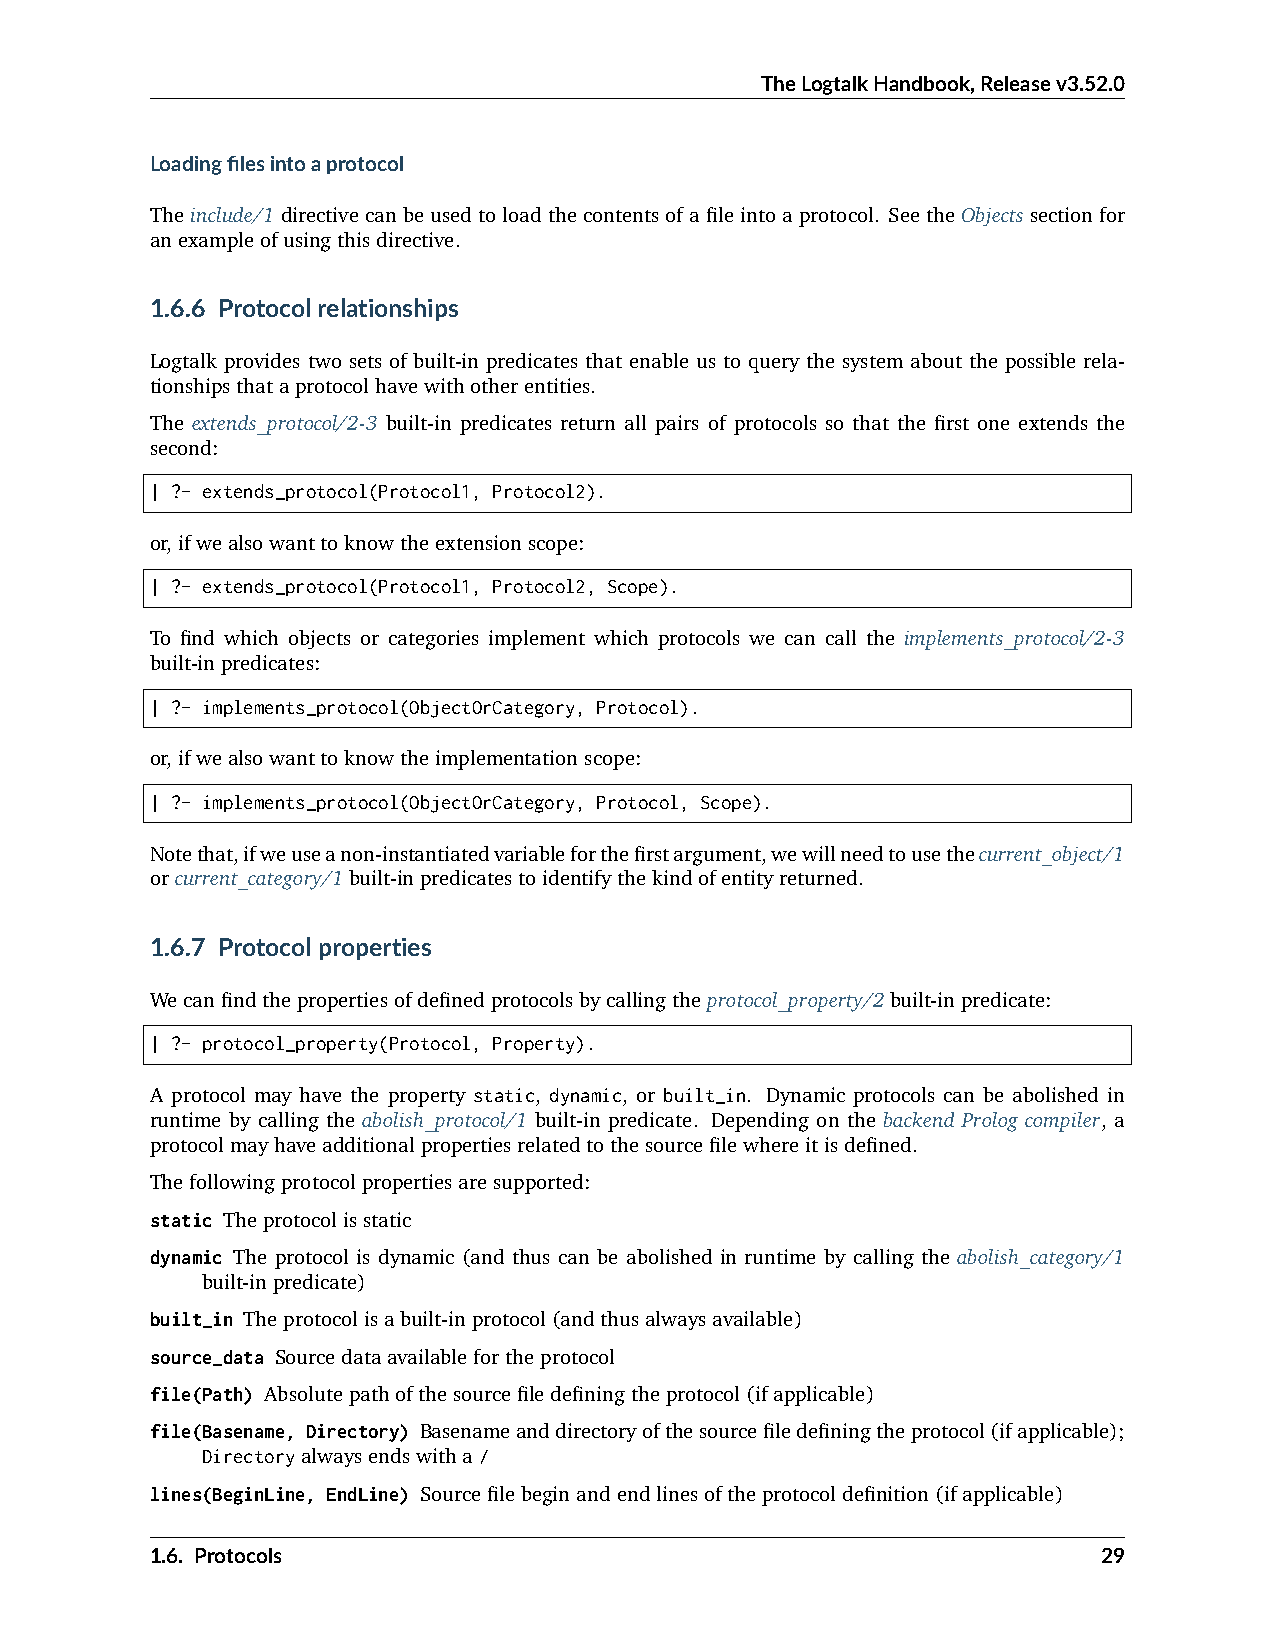
TheLogtalkHandbook,Releasev3.52.0
 Loadingfilesintoaprotocol
 Theinclude/1directivecanbeusedtoloadthecontentsofafileintoaprotocol. SeetheObjectssectionfor
 anexampleofusingthisdirective.
 1.6.6 Protocolrelationships
 Logtalk provides two sets of built-in predicates that enable us to query the system about the possible rela-
 tionshipsthataprotocolhavewithotherentities.
 The extends_protocol/2-3 built-in predicates return all pairs of protocols so that the first one extends the
 second:
 | ?- extends_protocol(Protocol1, Protocol2).
 or,ifwealsowanttoknowtheextensionscope:
 | ?- extends_protocol(Protocol1, Protocol2, Scope).
 To find which objects or categories implement which protocols we can call the implements_protocol/2-3
 built-inpredicates:
 | ?- implements_protocol(ObjectOrCategory, Protocol).
 or,ifwealsowanttoknowtheimplementationscope:
 | ?- implements_protocol(ObjectOrCategory, Protocol, Scope).
 Notethat,ifweuseanon-instantiatedvariableforthefirstargument,wewillneedtousethecurrent_object/1
 orcurrent_category/1built-inpredicatestoidentifythekindofentityreturned.
 1.6.7 Protocolproperties
 Wecanfindthepropertiesofdefinedprotocolsbycallingtheprotocol_property/2built-inpredicate:
 | ?- protocol_property(Protocol, Property).
 A protocol may have the property static, dynamic, or built_in. Dynamic protocols can be abolished in
 runtime by calling the abolish_protocol/1 built-in predicate. Depending on the backend Prolog compiler, a
 protocolmayhaveadditionalpropertiesrelatedtothesourcefilewhereitisdefined.
 Thefollowingprotocolpropertiesaresupported:
 static Theprotocolisstatic
 dynamic The protocol is dynamic (and thus can be abolished in runtime by calling the abolish_category/1
 built-inpredicate)
 built_in Theprotocolisabuilt-inprotocol(andthusalwaysavailable)
 source_data Sourcedataavailablefortheprotocol
 file(Path) Absolutepathofthesourcefiledefiningtheprotocol(ifapplicable)
 file(Basename, Directory) Basenameanddirectoryofthesourcefiledefiningtheprotocol(ifapplicable);
 Directoryalwaysendswitha/
 lines(BeginLine, EndLine) Sourcefilebeginandendlinesoftheprotocoldefinition(ifapplicable)
 1.6. Protocols                                                 29